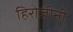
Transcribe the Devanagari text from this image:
हिरोजीनी